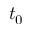
t _ { 0 }